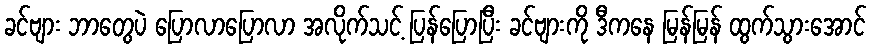
ခင်ဗျား ဘာတွေပဲ ပြောလာပြောလာ အလိုက်သင့် ပြန်ပြောပြီး ခင်ဗျားကို ဒီကနေ မြန်မြန် ထွက်သွားအောင်